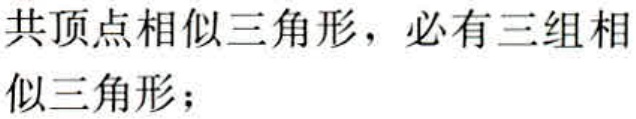
共顶点相似三角形，必有三组相似三角形；